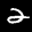
Label: 2